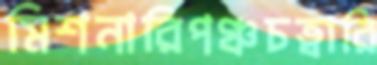
মিশনারিপঞ্চচত্বারি